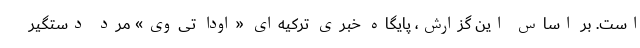
است. بر اساس این گزارش، پایگاه خبری ترکیه‌ای «اودا تی‌وی» مرد دستگیر